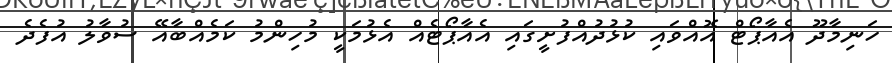
ހަނިމާދޫ އެއާޕޯޓް އޮއްވައި ކުޅުދުއްފުށީގައި އެއާޕޯޓެއް އެޅުމަކީ މުހިންމު ކަމެއްބާއޭ ސުވާލު އުފެދެ